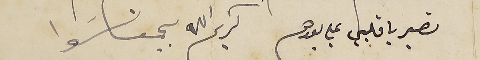
تصبر يا قلبي علي بعدهم  كريم الله يجمعنا سَوا